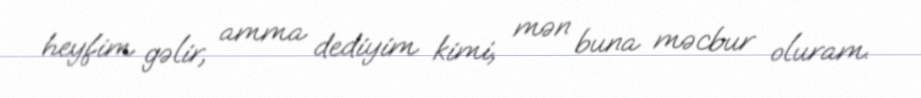
heyfim gəlir, amma dediyim kimi, mən buna məcbur oluram.